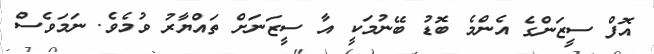
އޮފް ސީޒަންގެ އެންމެ ބޮޑު ބޭނުމަކީ އާ ސީޒަނަށް ތައްޔާރު ވުމެވެ. ނަމަވެސް